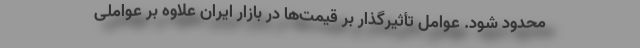
محدود شود. عوامل تأثیرگذار بر قیمت‌ها در بازار ایران علاوه بر عواملی